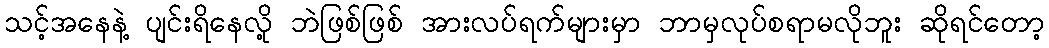
သင့်အနေနဲ့ ပျင်းရိနေလို့ ဘဲဖြစ်ဖြစ် အားလပ်ရက်များမှာ ဘာမှလုပ်စရာမလိုဘူး ဆိုရင်တော့